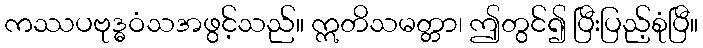
ကဿပဗုဒ္ဓဝံသအဖွင့်သည်။ ဣတိသမတ္တာ၊ ဤတွင်၍ ပြီးပြည့်စုံပြီ။